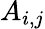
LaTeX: A_{i,j}